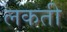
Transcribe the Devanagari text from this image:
लकती